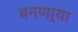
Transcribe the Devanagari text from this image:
बनणार्‍या